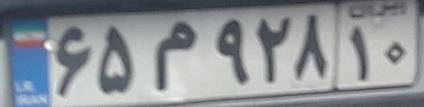
۶۵م۹۲۸۱۰